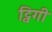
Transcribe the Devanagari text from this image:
ट्विगी